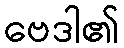
ဗေဒါ၏